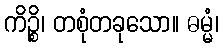
ကိဉ္စိ၊ တစုံတခုသော။ ဓမ္မံ၊